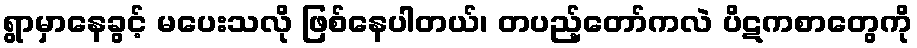
ရွာမှာနေခွင့် မပေးသလို ဖြစ်နေပါတယ်၊ တပည့်တော်ကလဲ ပိဋကစာတွေကို